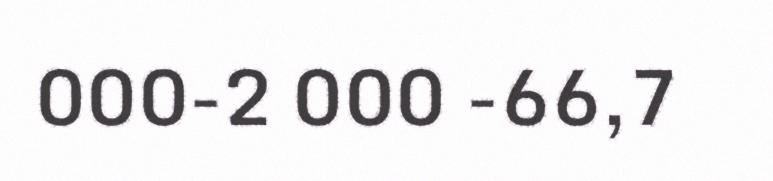
000-2 000 -66,7